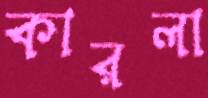
কারলা